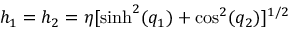
h _ { 1 } = h _ { 2 } = \eta [ \sinh ^ { 2 } ( q _ { 1 } ) + \cos ^ { 2 } ( q _ { 2 } ) ] ^ { 1 / 2 }